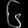
Digit: ၆